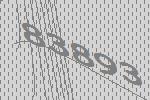
83893